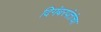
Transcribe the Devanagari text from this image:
दिगंबरपंतांचा